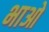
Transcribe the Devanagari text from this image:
भाओ